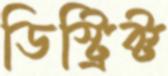
ডিস্‌ট্রিক্‌ট